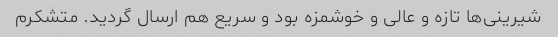
شیرینی‌ها تازه و عالی و خوشمزه بود و سریع هم ارسال گردید. متشکرم